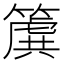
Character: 𮆌